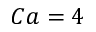
C a = 4